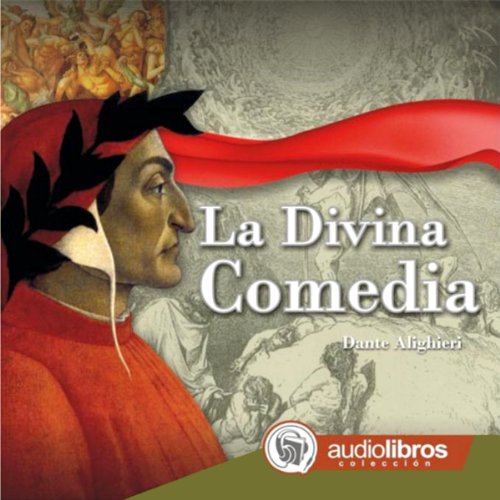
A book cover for La Divina Comedia [The Divine Comedy]; Dante Alighieri; Literature & Fiction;